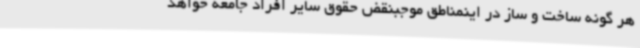
هر گونه ساخت و ساز در اینمناطق موجبنقض حقوق سایر افراد جامعه خواهد